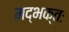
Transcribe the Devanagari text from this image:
मद्भक्तः